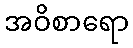
အဝိစာရော